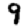
Digit: 9